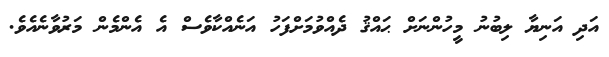
އަދި އަނިޔާ ލިބުނު މީހުންނަށް ޙައްޤު ދެއްވުމަށްފަހު އަނެއްކާވެސް އެ އެންމެން މަރުވާނެއެވެ.